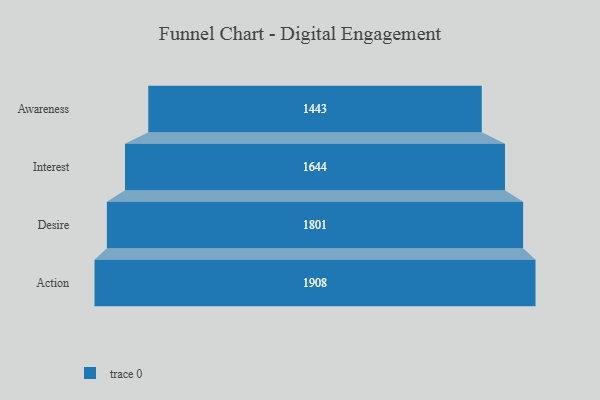
{"axis": {"x": "Stage", "y": "Value"}, "legend": [""], "data": [{"x": "Awareness", "y": 1443.0, "type": ""}, {"x": "Interest", "y": 1644.0, "type": ""}, {"x": "Desire", "y": 1801.0, "type": ""}, {"x": "Action", "y": 1908.0, "type": ""}]}